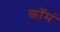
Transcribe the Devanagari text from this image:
कॉमं